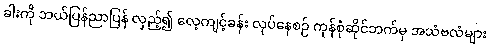
ခါးကို ဘယ်ပြန်ညာပြန် လှည့်၍ လေ့ကျင့်ခန်း လုပ်နေစဉ် ကုန်စုံဆိုင်ဘက်မှ အသံဗလံများ